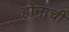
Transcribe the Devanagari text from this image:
होनाची